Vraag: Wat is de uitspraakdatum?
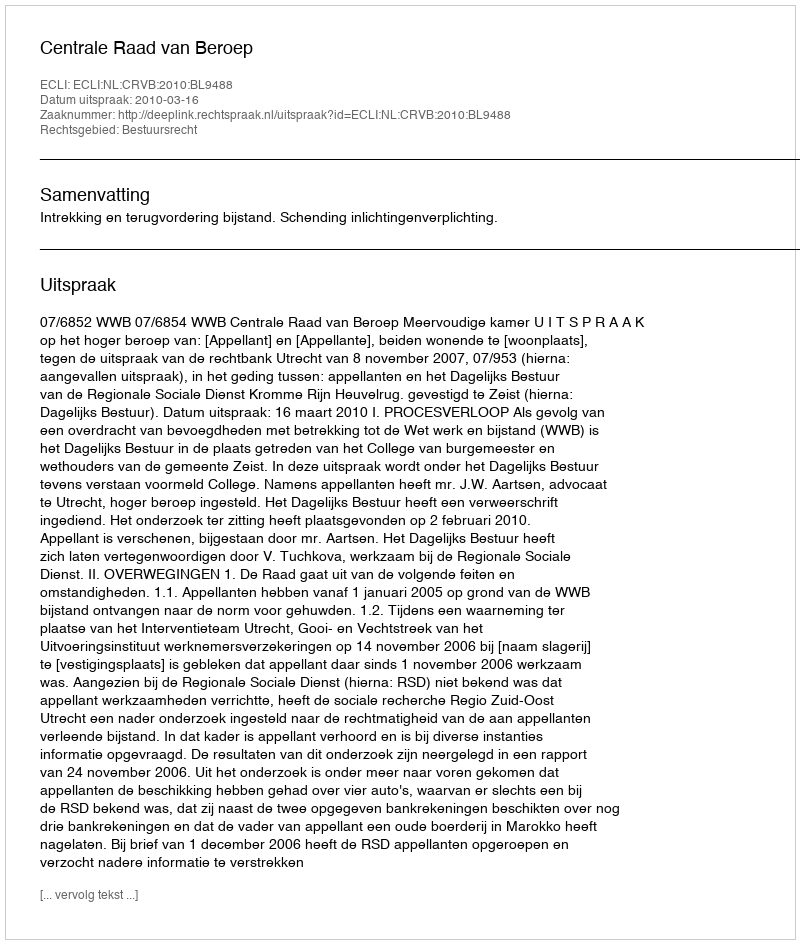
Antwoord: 2010-03-16